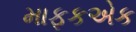
માફકએક